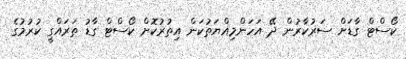
ކޯސްޓް ގާޑަށް ސަރުކާރުން ދޭ އަހަންމިއްޔަތުކަން އިތުރުކޮށް ކޯސްޓް ގާޑު ތަރައްގީ ކުރުމުގެ